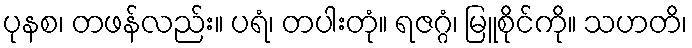
ပုနစ၊ တဖန်လည်း။ ပရံ၊ တပါးတုံ။ ရဇဂ္ဂံ၊ မြူစိုင်ကို။ သဟတိ၊